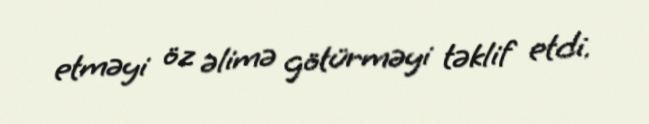
etməyi öz əlimə götürməyi təklif etdi.